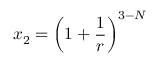
x _ { 2 } = \left( 1 + \frac { 1 } { r } \right) ^ { 3 - N }